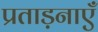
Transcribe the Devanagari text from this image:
प्रताड़नाएँ